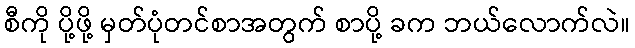
စီကို ပို့ဖို့ မှတ်ပုံတင်စာအတွက် စာပို့ ခက ဘယ်လောက်လဲ။